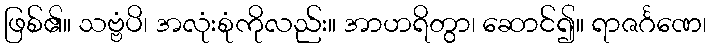
ဖြစ်၏။ သဗ္ဗံပိ၊ အလုံးစုံကိုလည်း။ အာဟရိတွာ၊ ဆောင်၍။ ရာဇင်္ဂဏေ၊